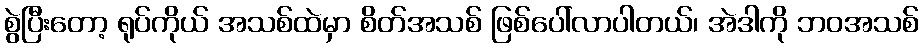
စွဲပြီးတော့ ရုပ်ကိုယ် အသစ်ထဲမှာ စိတ်အသစ် ဖြစ်ပေါ်လာပါတယ်၊ အဲဒါကို ဘဝအသစ်